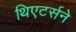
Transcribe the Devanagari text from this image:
थिएटर्सने